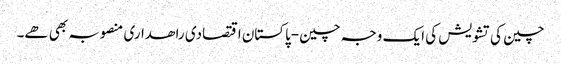
چین کی تشویش کی ایک وجہ چین-پاکستان اقتصادی راھداری منصوبہ بھی ھے۔